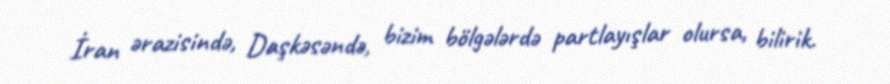
İran ərazisində, Daşkəsəndə, bizim bölgələrdə partlayışlar olursa, bilirik.